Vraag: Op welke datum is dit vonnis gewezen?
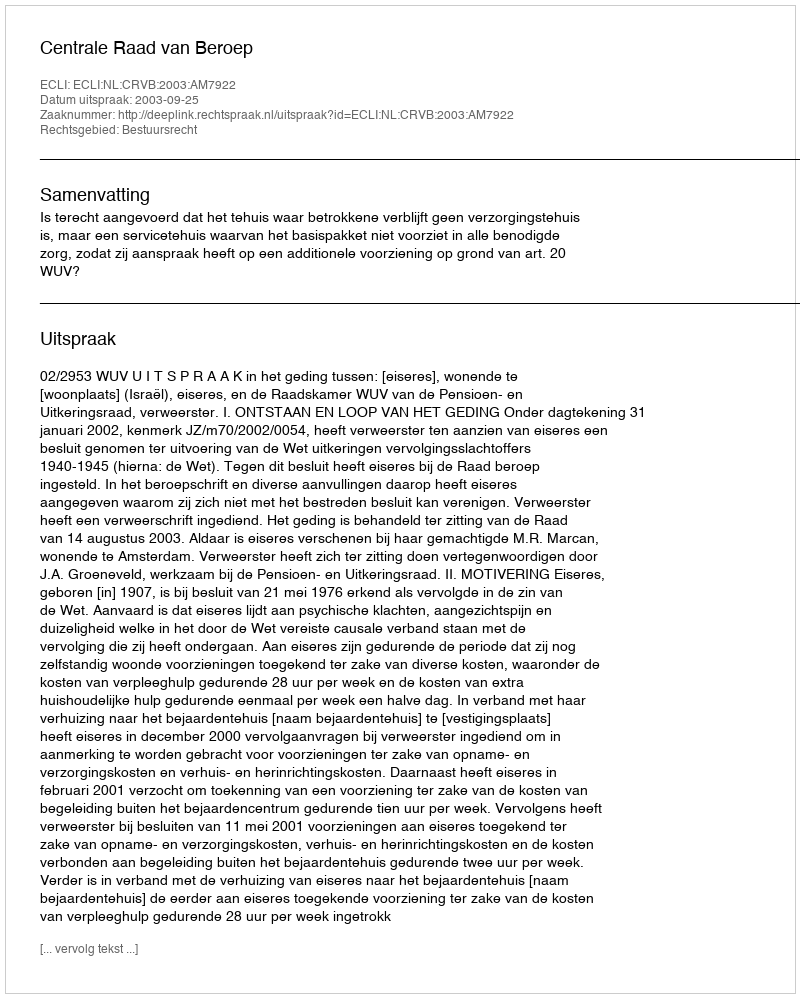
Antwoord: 2003-09-25